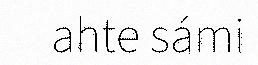
ahte sámi